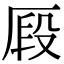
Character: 𠩻